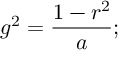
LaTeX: g ^ { 2 } = { \frac { 1 - r ^ { 2 } } { a } } ;